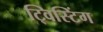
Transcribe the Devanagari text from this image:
ट्विस्टिंग